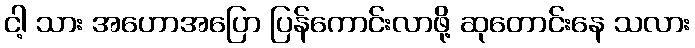
ငါ့ သား အဟောအပြော ပြန်ကောင်းလာဖို့ ဆုတောင်းနေ သလား